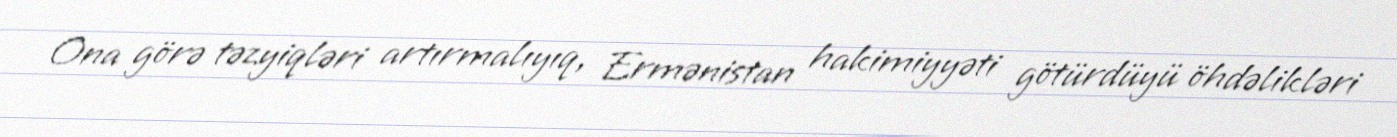
Ona görə təzyiqləri artırmalıyıq, Ermənistan hakimiyyəti götürdüyü öhdəlikləri